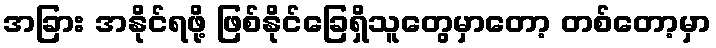
အခြား အနိုင်ရဖို့ ဖြစ်နိုင်ခြေရှိသူတွေမှာတော့ တစ်တော့မှာ